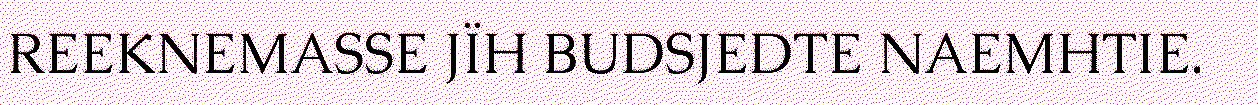
REEKNEMASSE JÏH BUDSJEDTE NAEMHTIE.